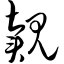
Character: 觌